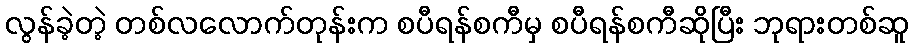
လွန်ခဲ့တဲ့ တစ်လလောက်တုန်းက စပီရန်စကီမှ စပီရန်စကီဆိုပြီး ဘုရားတစ်ဆူ